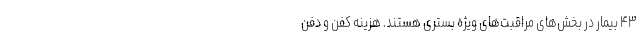
۴۳ بیمار در بخش‌های مراقبت‌های ویژه بستری هستند. هزینه کفن و دفن